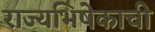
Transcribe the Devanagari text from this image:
राज्यभिषेकाची